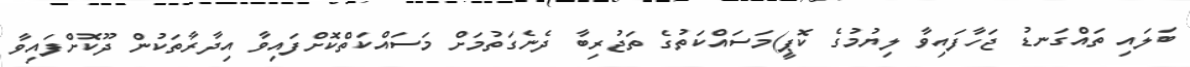
ބަލައި ތައްގަނޑު ޖަހާފައިވާ ލިޔުމުގެ ކޮޕީ)މަސައްކަތުގެ ތަޖުރިބާ ދެނެގަތުމަށް މަސައްކަތްކޮށްފައިވާ އިދާރާތަކުން ދޫކޮށްފައިވާ